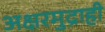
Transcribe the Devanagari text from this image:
अक्षरमुद्राही